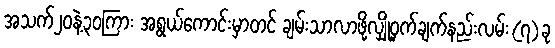
အသက်၂၀နဲ့၃၀ကြား အရွယ်ကောင်းမှာတင် ချမ်းသာလာဖို့လျှို့ဝှက်ချက်နည်းလမ်း(၇)ခု